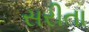
સરીતા